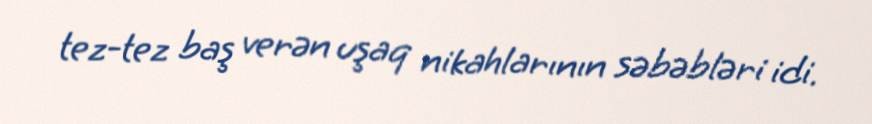
tez-tez baş verən uşaq nikahlarının səbəbləri idi.